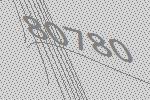
80780